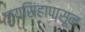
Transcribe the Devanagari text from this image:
जयसिंहापासून